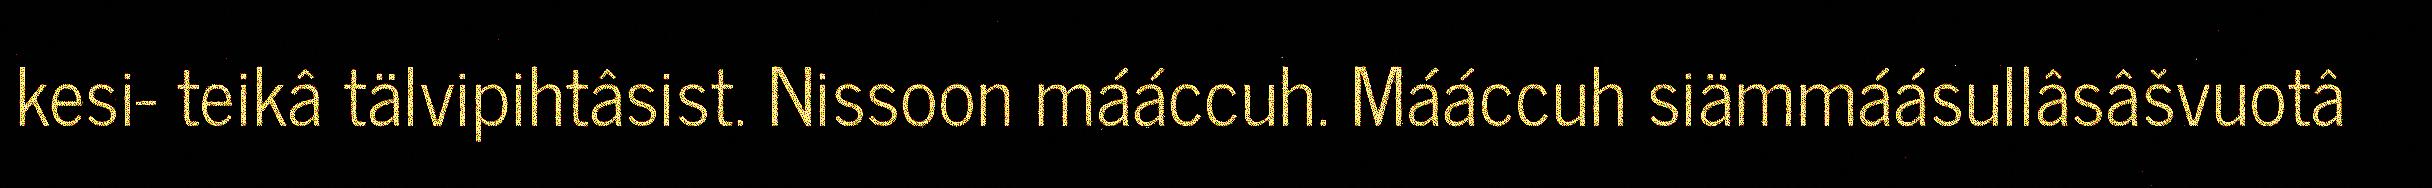
kesi- teikâ tälvipihtâsist. Nissoon mááccuh. Mááccuh siämmáásullâsâšvuotâ